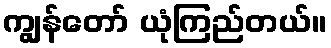
ကျွန်တော် ယုံကြည်တယ်။